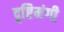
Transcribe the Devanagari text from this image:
दृष्टिमंगी